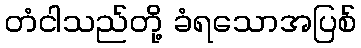
တံငါသည်တို့ ခံရသောအပြစ်